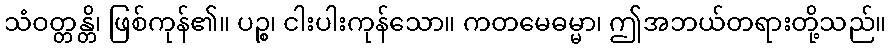
သံဝတ္တန္တိ၊ ဖြစ်ကုန်၏။ ပဉ္စ၊ ငါးပါးကုန်သော။ ကတမေဓမ္မာ၊ ဤအဘယ်တရားတို့သည်။